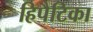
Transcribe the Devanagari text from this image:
हिपैटिका